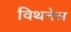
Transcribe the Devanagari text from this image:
विथनेल